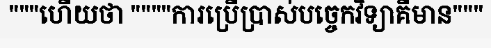
"""ហើយថា """"ការប្រើប្រាស់បច្ចេកវិទ្យាគឺមាន"""